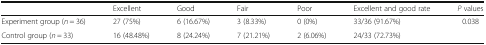
|  | Excellent | Good | Fair | Poor | Excellent and good rate | P values |
 | --- | --- | --- | --- | --- | --- | --- |
 | Experiment group (n = 36) | 27 (75%) | 6 (16.67%) | 3 (8.33%) | 0 (0%) | 33/36 (91.67%) | <ROWSPAN=2> 0.038 |
 | Control group (n = 33) | 16 (48.48%) | 8 (24.24%) | 7 (21.21%) | 2 (6.06%) | 24/33 (72.73%) |